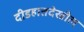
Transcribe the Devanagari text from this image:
दीडहातदेखील